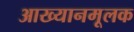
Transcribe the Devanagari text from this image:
आख्यानमूलक